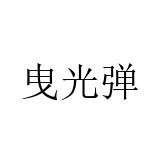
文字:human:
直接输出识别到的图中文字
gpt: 曳光弹